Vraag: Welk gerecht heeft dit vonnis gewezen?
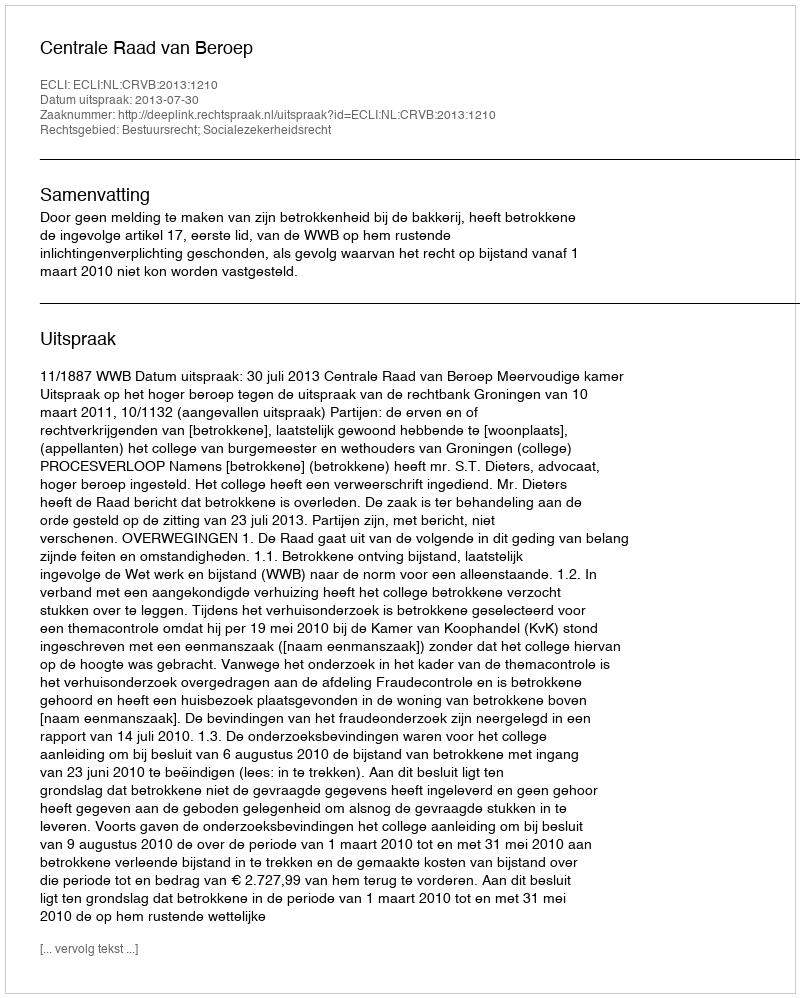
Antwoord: Centrale Raad van Beroep